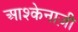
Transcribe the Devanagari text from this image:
आश्केनाज़ी